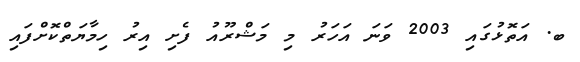
ބ. އަތޮޅުގައި 2003 ވަނަ އަހަރު މި މަޝްރޫއު ފެށި އިރު ހިމާޔަތްކޮށްފައި